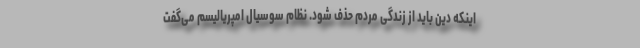
اینکه دین باید از زندگی مردم حذف شود. نظام سوسیال امپریالیسم می‌گفت